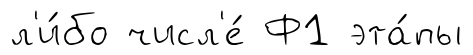
л'и́бо числ'е́ Ф1 эта́пы